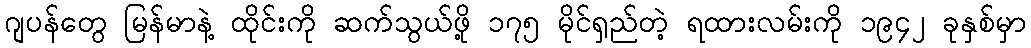
ဂျပန်တွေ မြန်မာနဲ့ ထိုင်းကို ဆက်သွယ်ဖို့ ၁၇၅ မိုင်ရှည်တဲ့ ရထားလမ်းကို ၁၉၄၂ ခုနှစ်မှာ